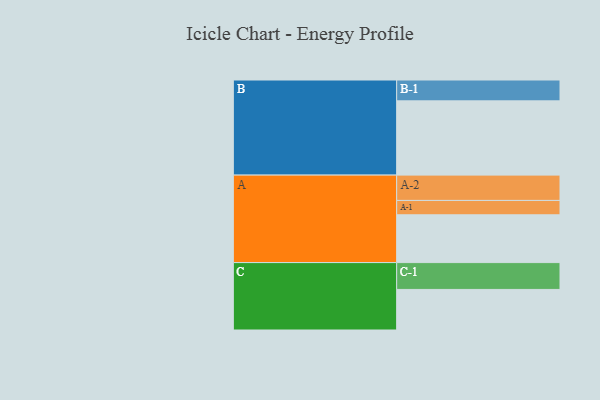
{"axis": {"x": "Segment", "y": "Value"}, "legend": ["", "A", "B", "C"], "data": [{"x": "A", "y": 376, "type": ""}, {"x": "B", "y": 584, "type": ""}, {"x": "C", "y": 319, "type": ""}, {"x": "A-1", "y": 113, "type": "A"}, {"x": "A-2", "y": 199, "type": "A"}, {"x": "B-1", "y": 164, "type": "B"}, {"x": "C-1", "y": 211, "type": "C"}]}